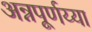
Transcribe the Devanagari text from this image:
अन्नपूर्णय्या